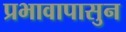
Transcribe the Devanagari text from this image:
प्रभावापासुन